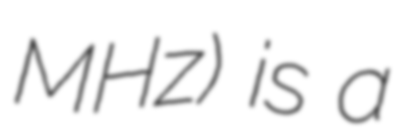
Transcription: MHz) is a